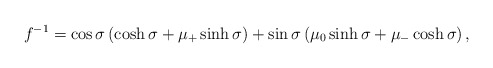
\begin{align*}f^{-1}=\cos\sigma \left(\cosh \sigma + \mu_+\sinh\sigma \right)+\sin\sigma \left(\mu_0\sinh \sigma + \mu_-\cosh\sigma \right),\end{align*}